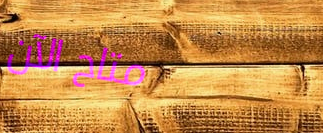
متاح الآن